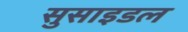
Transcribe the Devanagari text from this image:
सुसाइडल